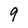
Character: 9